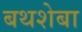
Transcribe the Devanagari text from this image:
बथशेबा